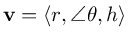
\mathbf { v } = \langle r , \angle \theta , h \rangle